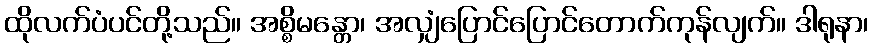
ထိုလက်ပံပင်တို့သည်။ အစ္စိမန္တော၊ အလျှံပြောင်ပြောင်တောက်ကုန်လျက်။ ဒါရုနာ၊